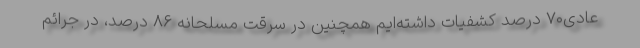
عادی۷۰ درصد کشفیات داشته‌ایم همچنین در سرقت مسلحانه ۸۶ درصد، در جرائم